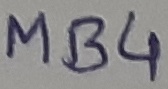
Text: MB4